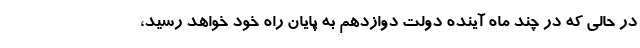
در حالی که در چند ماه آینده دولت دوازدهم به پایان راه خود خواهد رسید،